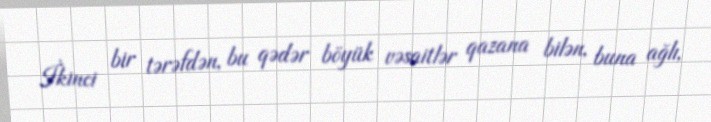
İkinci bir tərəfdən, bu qədər böyük vəsaitlər qazana bilən, buna ağlı,